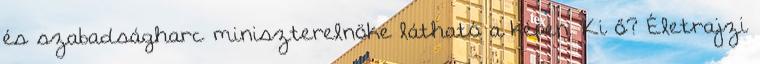
és szabadságharc miniszterelnöke látható a képen. Ki ő? Életrajzi